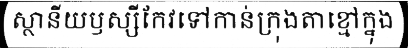
ស្ថានីយឫស្សីកែវទៅកាន់ក្រុងតាខ្មៅក្នុង